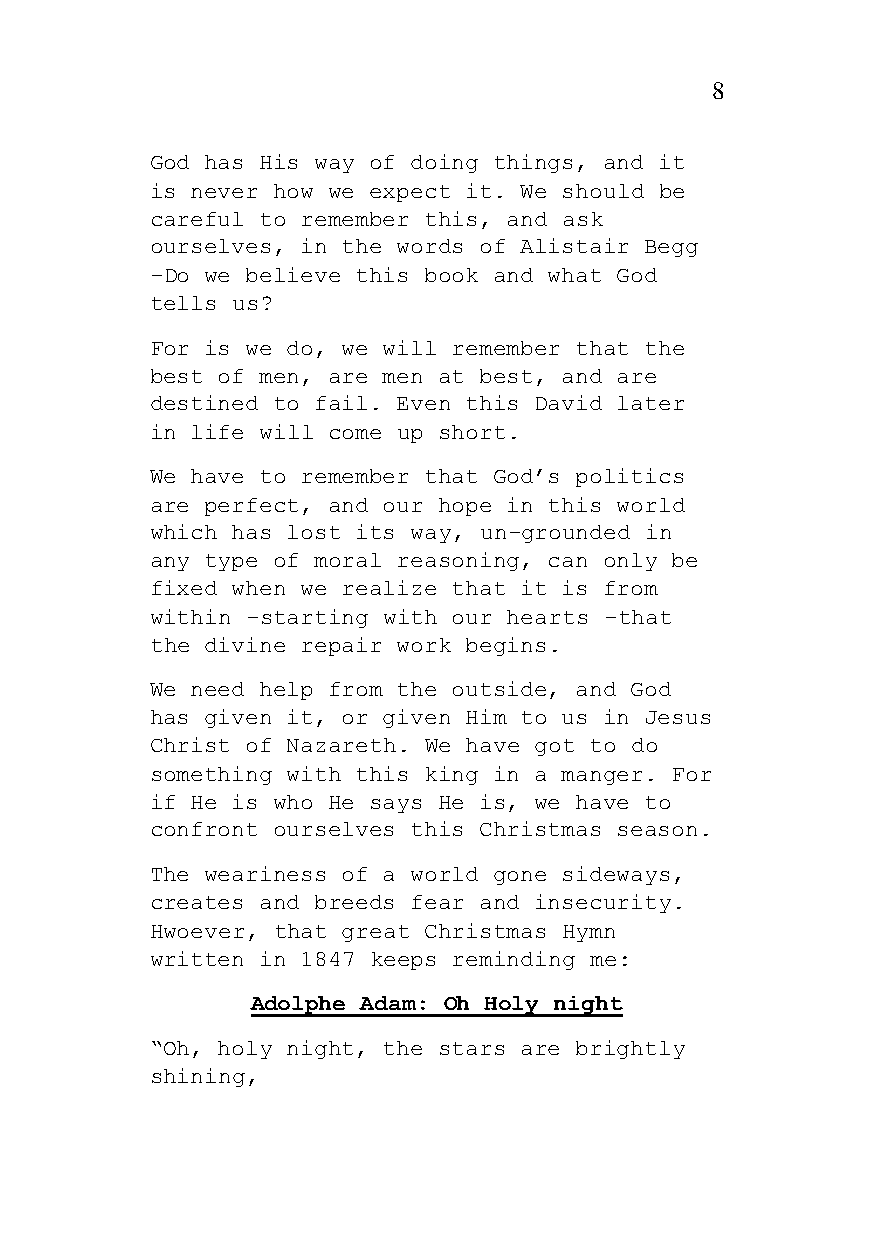
8
 God has His way of doing things, and it
 is never how we expect it. We should be
 careful to remember this, and ask
 ourselves, in the words of Alistair Begg
 -Do we believe this book and what God
 tells us?
 For is we do, we will remember that the
 best of men, are men at best, and are
 destined to fail. Even this David later
 in life will come up short.
 We have to remember that God’s politics
 are perfect, and our hope in this world
 which has lost its way, un-grounded in
 any type of moral reasoning, can only be
 fixed when we realize that it is from
 within -starting with our hearts -that
 the divine repair work begins.
 We need help from the outside, and God
 has given it, or given Him to us in Jesus
 Christ of Nazareth. We have got to do
 something with this king in a manger. For
 if He is who He says He is, we have to
 confront ourselves this Christmas season.
 The weariness of a world gone sideways,
 creates and breeds fear and insecurity.
 Hwoever, that great Christmas Hymn
 written in 1847 keeps reminding me:
 Adolphe Adam: Oh Holy night
 “Oh, holy night, the stars are brightly
 shining,